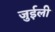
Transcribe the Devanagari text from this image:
जुईली